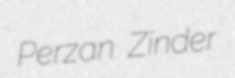
Perzan Zinder